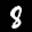
Label: 8